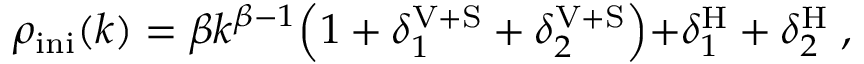
\rho _ { \mathrm { i n i } } ( k ) = \beta k ^ { \beta - 1 } \Bigl ( 1 + \delta _ { 1 } ^ { \mathrm { V + S } } + \delta _ { 2 } ^ { \mathrm { V + S } } \Bigl ) + \delta _ { 1 } ^ { \mathrm { H } } + \delta _ { 2 } ^ { \mathrm { H } } \; ,